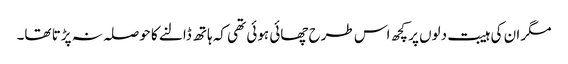
مگر ان کی ہیبت دلوں پر کچھ اس طرح چھائی ہوئی تھی کہ ہاتھ ڈالنے کا حوصلہ نہ پڑتا تھا۔